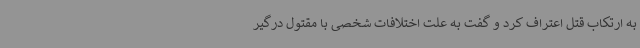
به ارتکاب قتل اعتراف کرد و گفت به علت اختلافات شخصی با مقتول درگیر